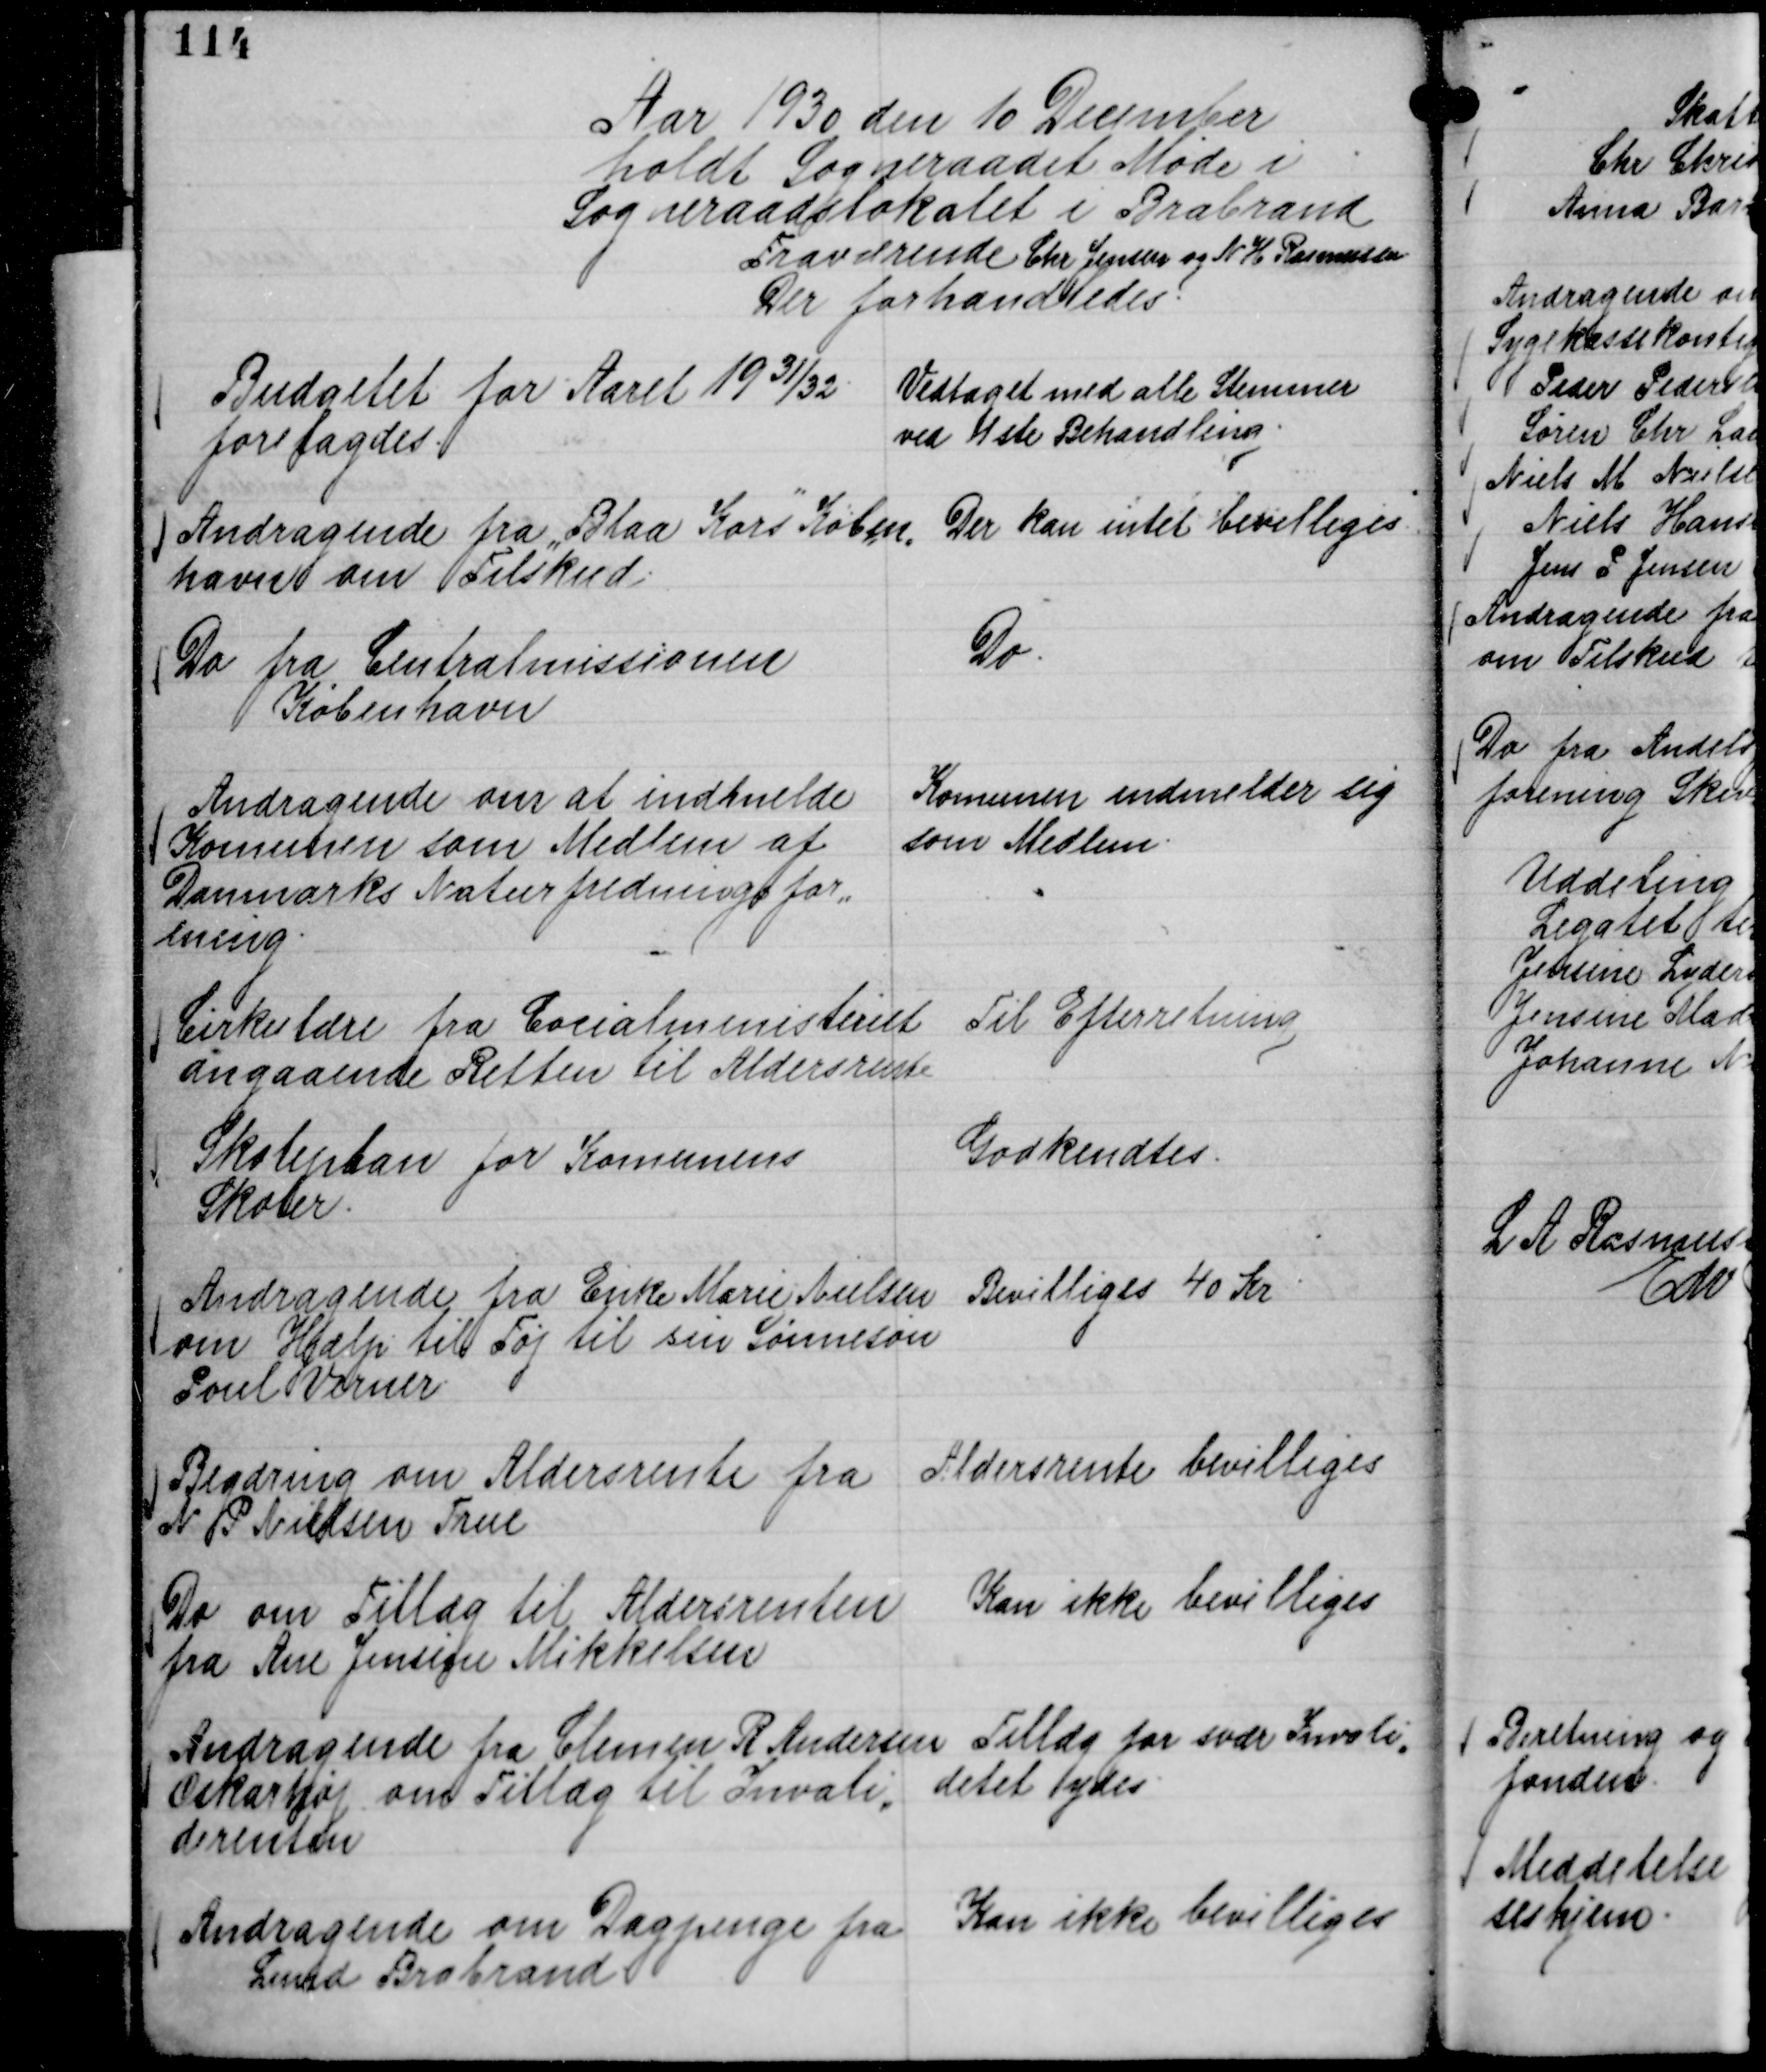
Transskription:
Aar 1930 den 10 December
holdt Sogneraadet Møde i
Sogneraadslokalet i Brabrand
Fraværende Chr Jensen og N H Rasmussen
Der forhandledes.

Budgettet for Aaret 19 31/32.
forelagdes.

Vedtaget med alle Stemmer
ved 1ste Behandling.

Andragende fra "Blaa Kors"

Køben,
havn om Tilskud.

Der kan intet bevilliges

Do fra Centralmissionen
København

Do.

Andragende om at indmelde
Komunen som Medlem af
Danmarks Naturfredningsfor,,
ening.

Komunen indmelder sig
som Medlem.

Cirkulære fra Cocialministeriet
angaaende Retten til Aldersrente

Til Efterretning

Skoleplan for Komunens
Skoler.

Godkendtes.

Andragende fra Enke Marie Nielsen
om Hjælp til Tøj til sin Sønnesøn
Poul Verner.

Bevilliges 40 Kr

Begæring om Aldersrente fra
N P Nielsen True

Aldersrente bevilliges

Do om Tillæg til Aldersrenten
fra Ane Jensine Mikkelsen

Kan ikke bevilliges

Andragende fra Clemen R Andersen
Oskarhøj om Tillæg til Invali,,
derenten

Tillæg for svær Invali,,
ditet ydes.

Andragende om Dagpenge fra
Lund Brabrand.

Kan ikke bevilliges